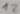
Text: 12